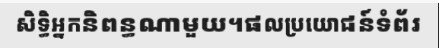
សិទ្ធិអ្នកនិពន្ធណាមួយ។ផលប្រយោជន៍ទំព័រ